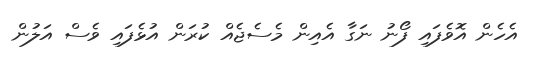
އެހެން އޮވެފައި ފޯނު ނަގާ އެއިން މެސެޖެއް ކުރަން އުޅެފައި ވެސް އަލުން